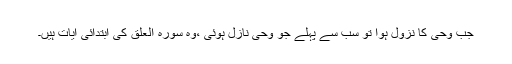
جب وحی کا نزول ہوا تو سب سے پہلے جو وحی نازل ہوئی ،وہ سورہ العلق کی ابتدائی آیات ہیں۔